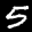
Label: 5